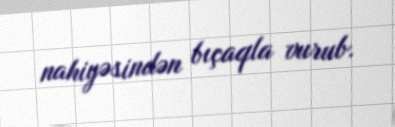
nahiyəsindən bıçaqla vurub.